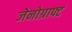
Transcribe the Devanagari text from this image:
जेनोग्राफ्ट